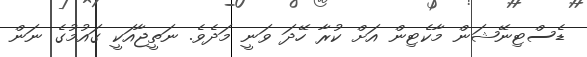
ޑެސްޓިނޭޝަން މާކެޓިން އަށް ކުރާ ހޭދަ ވަނީ މަދެވެ. ނަތީޖާއަކީ ގައުމުގެ ނަން